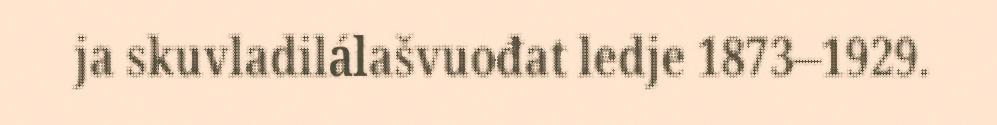
ja skuvladilálašvuođat ledje 1873–1929.